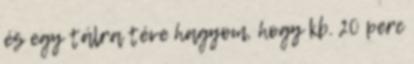
és egy tálra téve hagyom, hogy kb. 20 perc